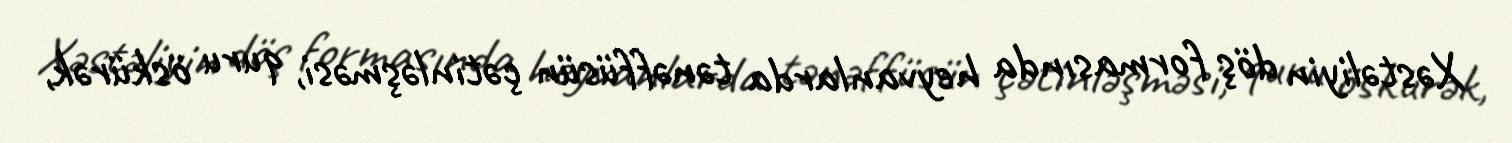
Xəstəliyin döş formasında heyvanlarda tənəffüsün çətinləşməsi, quru öskürək,